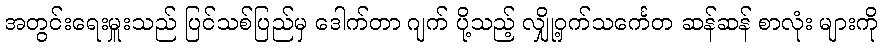
အတွင်းရေးမှူးသည် ပြင်သစ်ပြည်မှ ဒေါက်တာ ဂျက် ပို့သည့် လျှို့ဝှက်သင်္ကေတ ဆန်ဆန် စာလုံး များကို